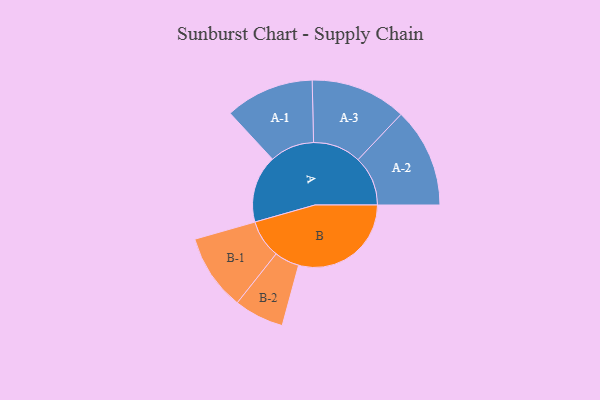
{"axis": {"x": "Segment", "y": "Value"}, "legend": ["", "A", "B"], "data": [{"x": "A", "y": 290, "type": ""}, {"x": "B", "y": 484, "type": ""}, {"x": "A-1", "y": 191, "type": "A"}, {"x": "A-2", "y": 214, "type": "A"}, {"x": "A-3", "y": 206, "type": "A"}, {"x": "B-1", "y": 164, "type": "B"}, {"x": "B-2", "y": 107, "type": "B"}]}